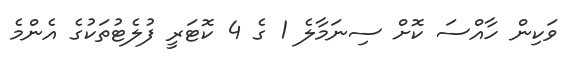
ވަކިން ހާއްސަ ކޮށް ސިނަމާލެ 1 ގެ 4 ކޮޓަރީ ފުލެޓުތަކުގެ އެންމެ